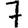
Digit: 7